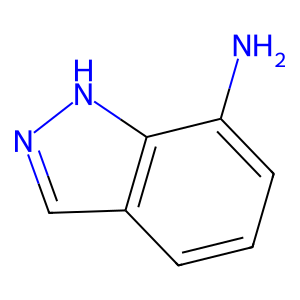
SMILES: Nc1cccc2cn[nH]c12
Inhibits HIV replication: No